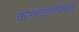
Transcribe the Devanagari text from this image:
करण्यापलिकडे